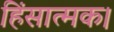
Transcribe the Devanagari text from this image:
हिंसात्मक।